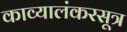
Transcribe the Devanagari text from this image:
काव्यालंकरसूत्र